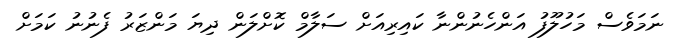
ނަމަވެސް މަހުލޫފު އަންހެނުންނާ ކައިރިއަށް ސަލާމް ކޮށްލަން ދިޔަ މަންޒަރު ފެނުނު ކަމަށް